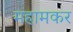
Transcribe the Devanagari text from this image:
महामकर